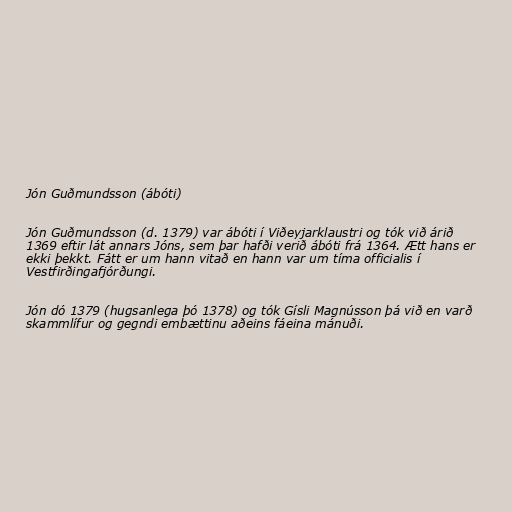
Jón Guðmundsson (ábóti)

Jón Guðmundsson (d. 1379) var ábóti í Viðeyjarklaustri og tók við árið
1369 eftir lát annars Jóns, sem þar hafði verið ábóti frá 1364. Ætt hans er
ekki þekkt. Fátt er um hann vitað en hann var um tíma officialis í
Vestfirðingafjórðungi.

Jón dó 1379 (hugsanlega þó 1378) og tók Gísli Magnússon þá við en varð
skammlífur og gegndi embættinu aðeins fáeina mánuði.